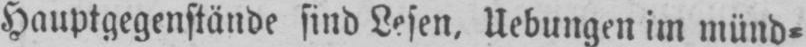
Hauptgegenstände sind Lesen‚ Uebungen im münd⸗